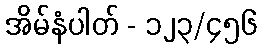
အိမ်နံပါတ် - ၁၂၃/၄၅၆